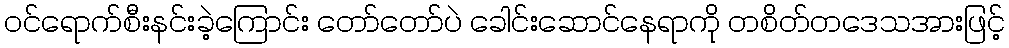
ဝင်ရောက်စီးနင်းခဲ့ကြောင်း တော်တော်ပဲ ခေါင်းဆောင်နေရာကို တစိတ်တဒေသအားဖြင့်